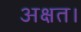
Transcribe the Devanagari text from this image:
अक्षत।